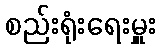
စည်းရုံးရေးမှူး